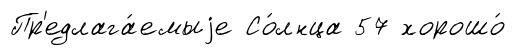
Пр'едлага́емыjе Со́лнца 57 хорошо́